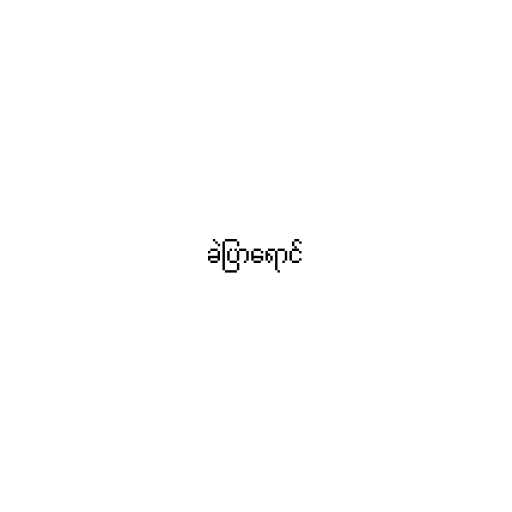
ခဲပြာရောင်